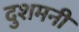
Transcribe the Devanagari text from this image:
दुशमनी